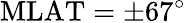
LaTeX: \mathrm{MLAT}=\pm 67^{\circ}